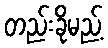
တည်းခိုမည့်